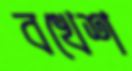
বখেশ